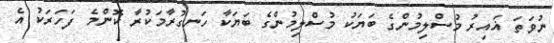
ނުވަތަ ޣައިރު މުސްލިމުންގެ ބަޔަކު މުސްލިމުންގެ ބަޔަކާ ހަނގުރާމަކުރާ ކޮންމެ ފަހަރަކު އެ